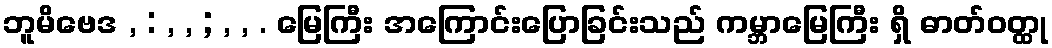
ဘူမိဗေဒ , : , , ; , , . မြေကြီး အကြောင်းပြောခြင်းသည် ကမ္ဘာမြေကြီး ရှိ ဓာတ်ဝတ္ထု